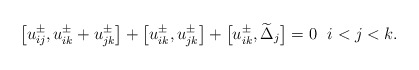
\begin{gather*}\big[u_{ij}^{\pm},u_{ik}^{\pm} + u_{jk}^{\pm}\big]+\big[u_{ik}^{\pm},u_{jk}^{\pm}\big] +\big[u_{ik}^{\pm}, {\widetilde{\Delta}}_j\big] =0 \ \ i < j < k.\end{gather*}